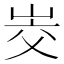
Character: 𰎜